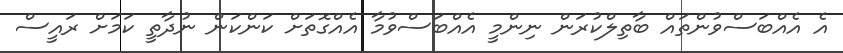
އެ އެއްބަސްވުންތައް ބާތިލްކުރަން ނިންމީ އެއްބަސްވުމާ އެއްގޮތަށް ކަންކަން ނުދާތީ ކަމަށް ރައީސް